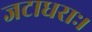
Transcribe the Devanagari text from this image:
जटाधराः।